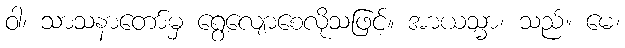
ဝါ၊ သာသနာတော်မှ ရွေ့လျောစေလိုသဖြင့်။ အာယသ္မာ၊ သည်။ မေ၊